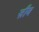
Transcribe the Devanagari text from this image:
ज़ीव